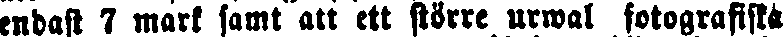
endast 7 mark samt att ett större urwal fotografiska